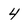
Character: 4